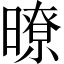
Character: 暸